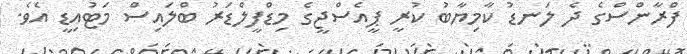
ފްރާންސްގެ ދެ ލަނޑު ކާމިޔާބު ކުރީ ޕީއެސްޖީގެ މިޑްފީލްޑަރު ބްލައިސް މަޓުއިޑީ އެވެ.